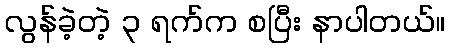
လွန်ခဲ့တဲ့ ၃ ရက်က စပြီး နာပါတယ်။